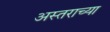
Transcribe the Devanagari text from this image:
अस्तराच्या